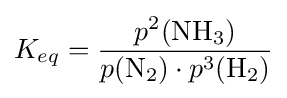
K_{eq}={\frac {p^{2}{(\mathrm {NH} {\vphantom {A}}_{\smash[{t}]{3}})}}{p{(\mathrm {N} {\vphantom {A}}_{\smash[{t}]{2}})}\cdot p^{3}{(\mathrm {H} {\vphantom {A}}_{\smash[{t}]{2}})}}}